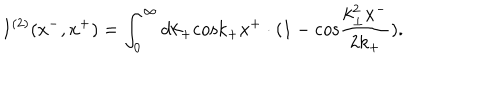
I ^ { ( 2 ) } ( x ^ { - } , x ^ { + } ) = \int _ { 0 } ^ { \infty } d k _ { + } \mathrm { c o s } k _ { + } x ^ { + } \cdot ( 1 - \mathrm { c o s } \frac { k _ { \bot } ^ { 2 } x ^ { - } } { 2 k _ { + } } ) .